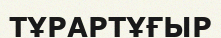
ТҰРАРТҰҒЫР